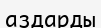
аздарды